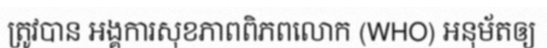
ត្រូវបាន អង្គការសុខភាពពិភពលោក (WHO) អនុម័តឲ្យ